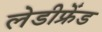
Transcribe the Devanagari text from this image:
लेडीफ्रेंड